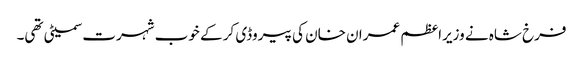
فرخ شاہ نے وزیراعظم عمران خان کی پیروڈی کر کے خوب شہرت سمیٹی تھی۔